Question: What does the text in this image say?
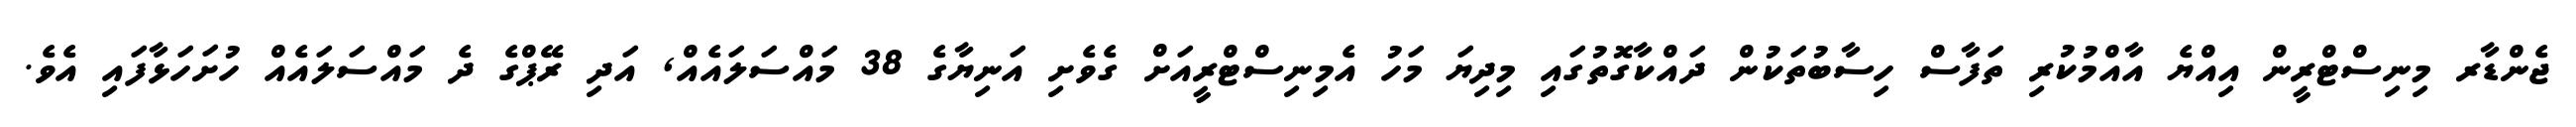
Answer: ޖެންޑާރ މިނިސްޓްރީން އިއްޔެ އާއްމުކުރި ތަފާސް ހިސާބުތަކުން ދައްކާގޮތުގައި މިދިޔަ މަހު އެމިނިސްޓްރީއަށް ގެވެށި އަނިޔާގެ 38 މައްސަލައެއް, އަދި ރޭޕްގެ ދެ މައްސަލައެއް ހުށަހަޅާފައި އެވެ.